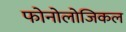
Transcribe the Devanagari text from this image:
फोनोलोजिकल